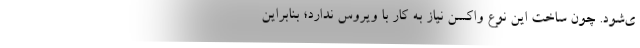
ی‌شود. چون ساخت این نوع واکسن نیاز به کار با ویروس ندارد؛ بنابراین